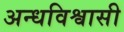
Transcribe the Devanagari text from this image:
अन्धविश्वासी